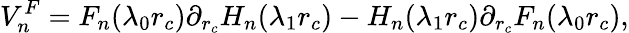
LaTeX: V_{n}^{F}=F_{n}(\lambda_{0}r_{c})\partial_{r_{c}}H_{n}(\lambda_{1}r_{c})-H_{n}(\lambda_{1}r_{c})\partial_{r_{c}}F_{n}(\lambda_{0}r_{c}),